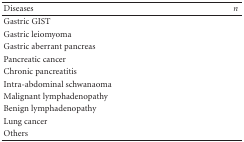
<table><thead><tr><td><b>Diseases</b></td><td><b><i>n</i></b></td></tr></thead><tbody><tr><td>Gastric GIST</td><td>[EMPTY_CELL]</td></tr><tr><td>Gastric leiomyoma</td><td>[EMPTY_CELL]</td></tr><tr><td>Gastric aberrant pancreas</td><td>[EMPTY_CELL]</td></tr><tr><td>Pancreatic cancer</td><td>[EMPTY_CELL]</td></tr><tr><td>Chronic pancreatitis</td><td>[EMPTY_CELL]</td></tr><tr><td>Intra-abdominal schwanaoma</td><td>[EMPTY_CELL]</td></tr><tr><td>Malignant lymphadenopathy</td><td>[EMPTY_CELL]</td></tr><tr><td>Benign lymphadenopathy</td><td>[EMPTY_CELL]</td></tr><tr><td>Lung cancer</td><td>[EMPTY_CELL]</td></tr><tr><td>Others</td><td>[EMPTY_CELL]</td></tr></tbody></table>